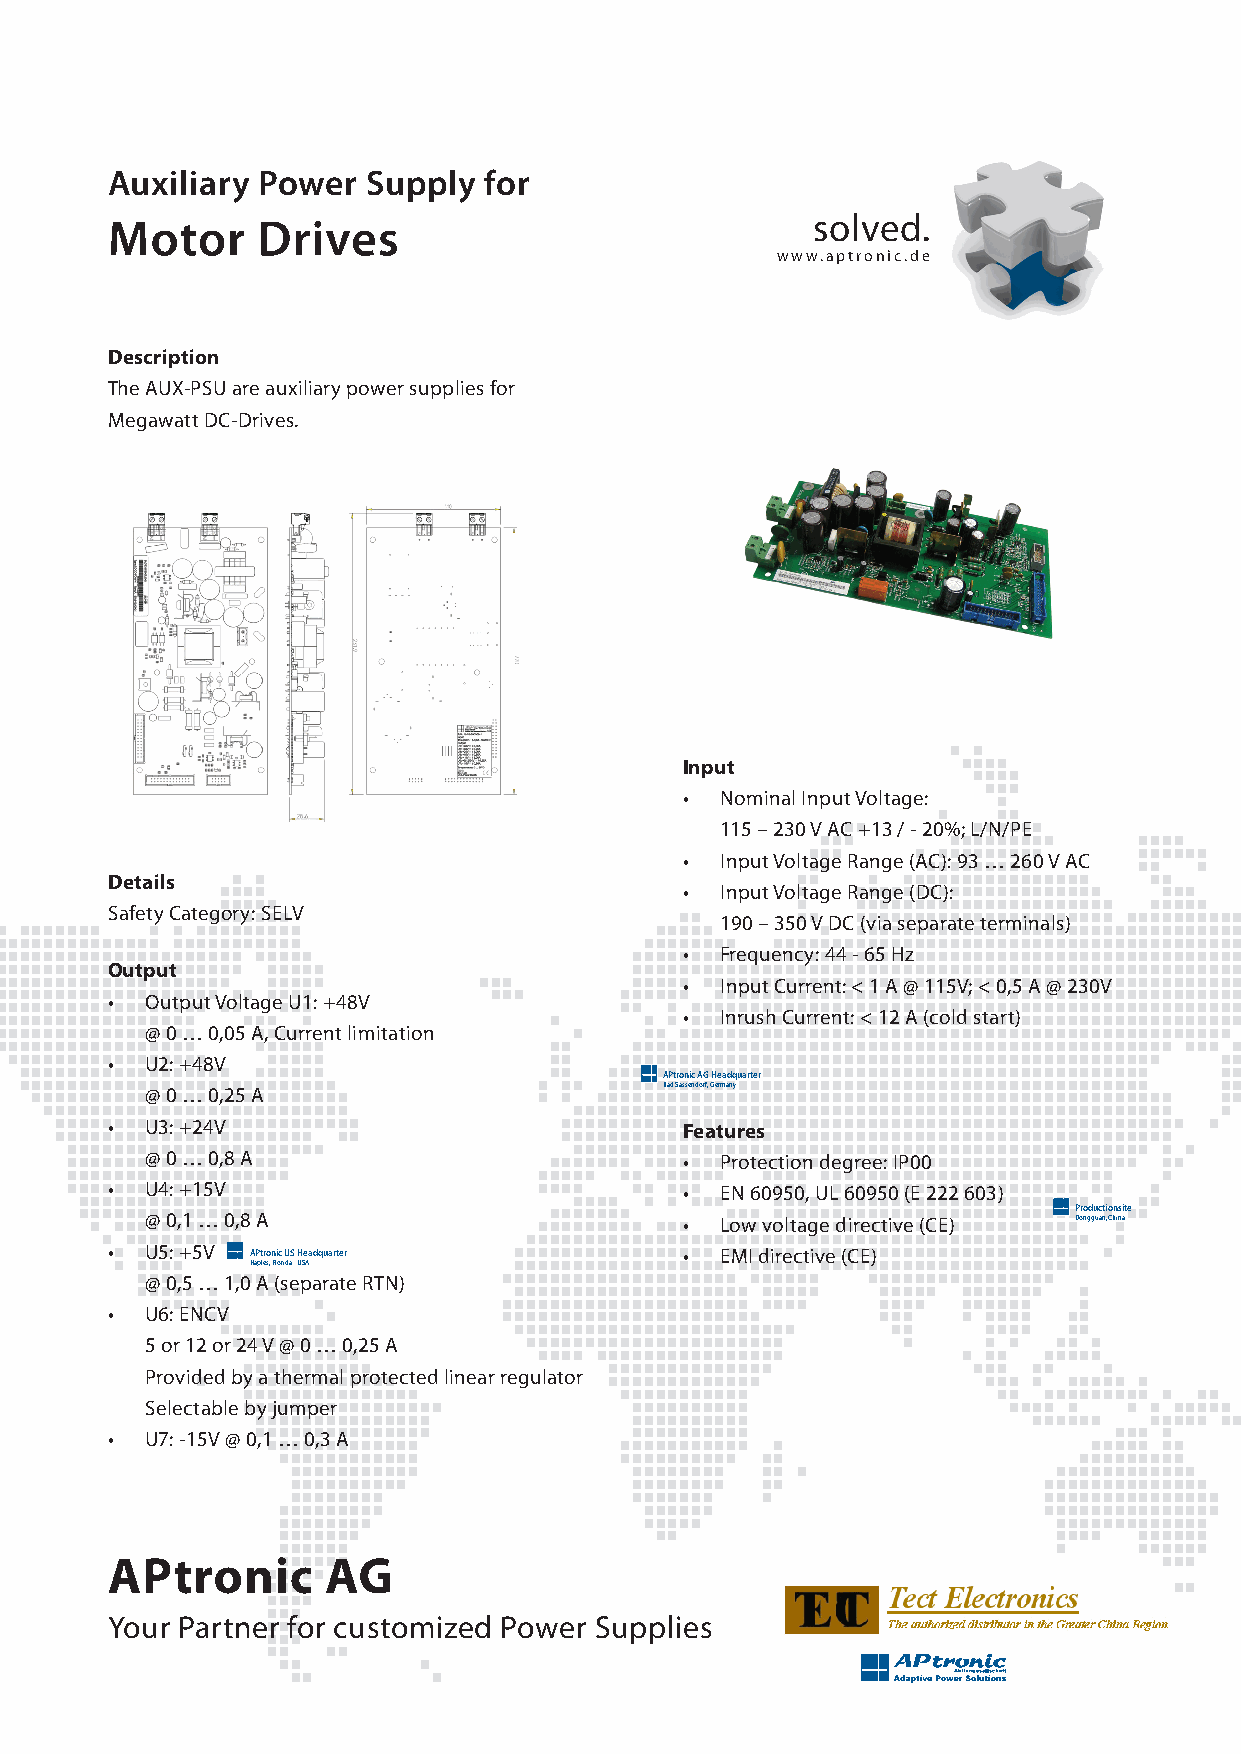
Auxiliary Power  Supply  for
 solved.
 Motor     Drives
 www.aptronic.de
 Description
 The AUX-PSU are auxiliary power supplies for
 Megawatt DC-Drives.
 Input
 •  Nominal Input Voltage:
 115 – 230 V AC +13 / - 20%; L/N/PE
 •  Input Voltage Range (AC): 93 … 260 V AC
 Details
 •  Input Voltage Range (DC):
 Safety Category: SELV
 190 – 350 V DC (via separate terminals)
 •  Frequency: 44 - 65 Hz
 Output
 •  Input Current: < 1 A @ 115V; < 0,5 A @ 230V
 •  Output Voltage U1: +48V
 •  Inrush Current: < 12 A (cold start)
 @ 0 … 0,05 A, Current limitation
 •  U2: +48V
 APtronic AG Headquarter
 @ 0 … 0,25 A                      Bad Sassendorf, Germany
 •  U3: +24V                           Features
 @ 0 … 0,8 A                        •  Protection degree: IP00
 •  U4: +15V                           •  EN 60950, UL 60950 (E 222 603)
 Productionsite
 @ 0,1 … 0,8 A                      •  Low voltage directive (CE) Dongguan, China
 •  U5: +5V A P tr o n i c U S H e a d q u a rt e r • EMI directive (CE)
 Naples, Florida - USA
 @ 0,5 … 1,0 A (separate RTN)
 •  U6: ENCV
 5 or 12 or 24 V @ 0 … 0,25 A
 Provided by a thermal protected linear regulator
 Selectable by jumper
 •  U7: -15V @ 0,1 … 0,3 A
 APtronic       AG
 Your Partner for customized Power Supplies